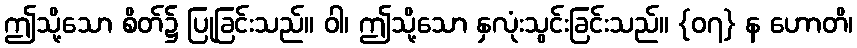
ဤသို့သော စိတ်၌ ပြုခြင်းသည်။ ဝါ၊ ဤသို့သော နှလုံးသွင်းခြင်းသည်။ {၀၇} န ဟောတိ၊